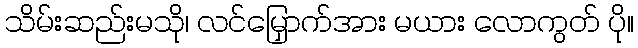
သိမ်းဆည်းမသို၊ လင်မြှောက်အား မယား လောကွတ် ပို။